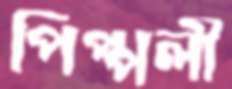
পিপ্পলী